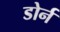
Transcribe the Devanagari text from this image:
डोर्न